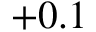
+ 0 . 1